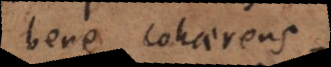
bene cohaerens,